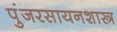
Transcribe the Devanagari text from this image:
पुंजरसायनशास्त्र